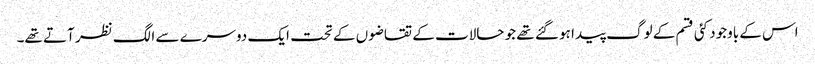
اس کے باوجود کئی قسم کے لوگ پیدا ہو گئے تھے جو حالات کے تقاضوں کے تحت ایک دوسرے سے الگ نظر آتے تھے۔